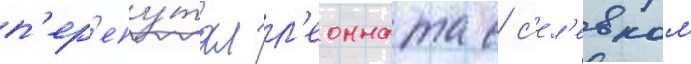
п'ер'епу́тал л'еонната с с'ел'евком